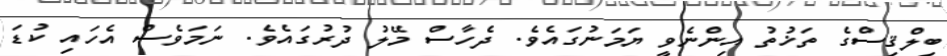
ބިލްޤިސްގެ ތަޚުތު އިންނެވީ ޔަމަނުގައެވެ. ދެހާސް މޭލު ދުރުގައެވެ. ނަމަވެސް އެހައި ކުޑަ